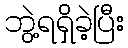
ဘွဲ့ရရှိခဲ့ပြီး